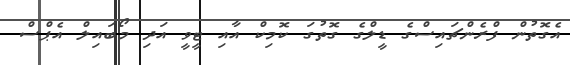
އެގޮތުން ފްރެންޗައިސްގެ ޑީލްގެ ގޮތުގަ ކޮމިކް އާއި ޓީވީ އަދި މޯބައިލް އެޕްސް